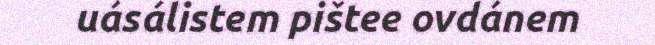
uásálistem pištee ovdánem